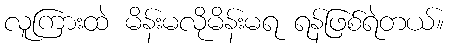
လူကြားထဲ မိန်းမလိုမိန်းမရ ရန်ဖြစ်ရဲတယ်။